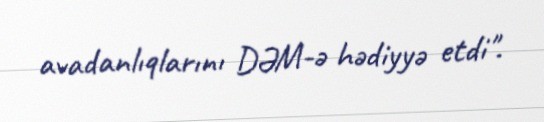
avadanlıqlarını DƏM-ə hədiyyə etdi".